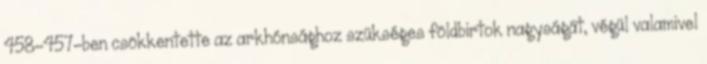
458–457-ben csökkentette az arkhónsághoz szükséges földbirtok nagyságát, végül valamivel